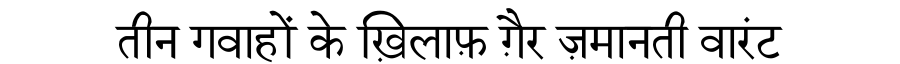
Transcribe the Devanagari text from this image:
तीन गवाहों के ख़िलाफ़ ग़ैर ज़मानती वारंट